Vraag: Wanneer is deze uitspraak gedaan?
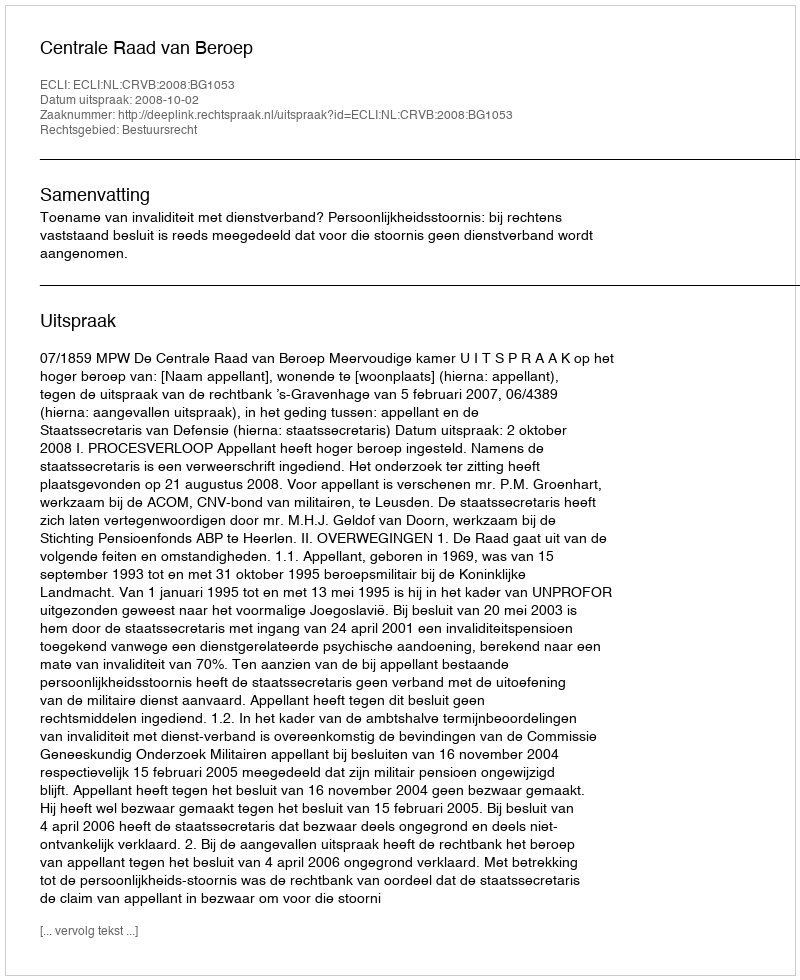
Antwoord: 2008-10-02